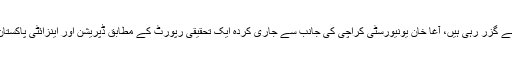
مگر یہ صرف ایک 20 سالہ زاریہ کی کہانی نہیں ہے اس جیسی دیگر درجنوں لڑکیاں بھی اس پریشانی سے گزر رہی ہیں، آغا خان یونیورسٹی کراچی کی جانب سے جاری کردہ ایک تحقیقی رپورٹ کے مطابق ڈپریشن اور اینزائٹی پاکستان میں تیزی سے پھیلنے والے امراض یا مسائل میں شامل ہیں جن کا سب سے زیادہ شکار نوجوان نسل ہے۔